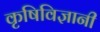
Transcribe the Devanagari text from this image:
कृषिविज्ञानी